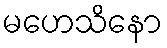
မဟေသိနော